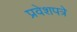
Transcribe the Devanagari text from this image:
प्रवेशपत्रे